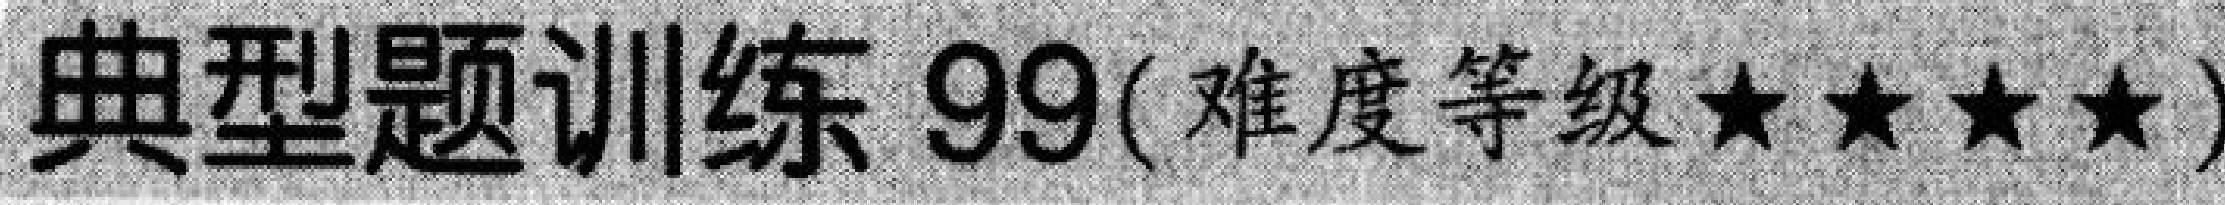
典型题训练 99(难度等级$\star\star\star\star$)